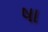
ષા